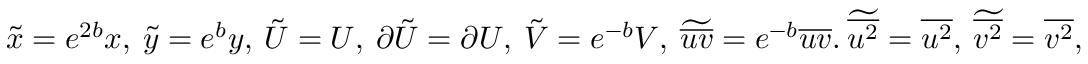
\tilde { x } = e ^ { 2 b } x , \ \tilde { y } = e ^ { b } y , \ \tilde { U } = U , \ \partial \tilde { U } = \partial U , \ \tilde { V } = e ^ { - b } V , \ \widetilde { \overline { { u v } } } = e ^ { - b } \overline { { u v } } . \ \widetilde { \overline { { u ^ { 2 } } } } = \overline { { u ^ { 2 } } } , \ \widetilde { \overline { { v ^ { 2 } } } } = \overline { { v ^ { 2 } } } ,